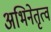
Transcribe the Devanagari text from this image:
अभिनेतृत्व